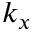
k _ { x }